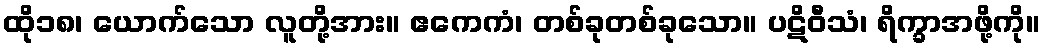
ထို၁၈၊ ယောက်သော လူတို့အား။ ဧကေကံ၊ တစ်ခုတစ်ခုသော။ ပဋိဝီသံ၊ ရိက္ခာအဖို့ကို။